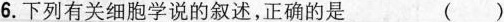
6.下列有关细胞学说的叙述，正确的是 ()